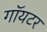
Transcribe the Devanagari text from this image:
गॉयटर